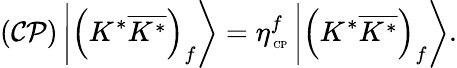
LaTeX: ({\cal CP})\left|\left(K^{\ast}\overline{{{K^{\ast}}}}\right)_{f}\right\rangle=\eta_{\mathrm{{\tiny~CP}}}^{f}\left|\left(K^{\ast}\overline{{{K^{\ast}}}}\right)_{f}\right\rangle.